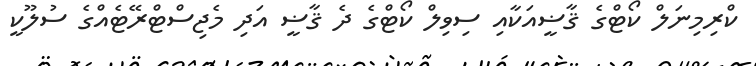
ކްރިމިނަލް ކޯޓްގެ ޤާޟީއަކާއި ސިވިލް ކޯޓްގެ ދެ ޤާޟީ އަދި މެޖިސްޓްރޭޓެެއްގެ ސުލޫކީ